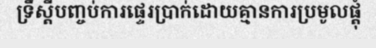
ទ្រឹស្តីបញ្ចប់ការផ្ទេរប្រាក់ដោយគ្មានការប្រមូលផ្តុំ